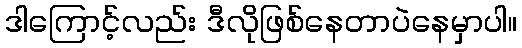
ဒါကြောင့်လည်း ဒီလိုဖြစ်နေတာပဲနေမှာပါ။